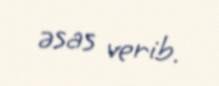
əsas verib.